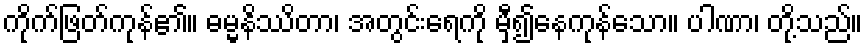
ကိုက်ဖြတ်ကုန်၏။ ဓမ္မနိဿိတာ၊ အတွင်းရေကို မှီ၍နေကုန်သော။ ပါဏာ၊ တို့သည်။